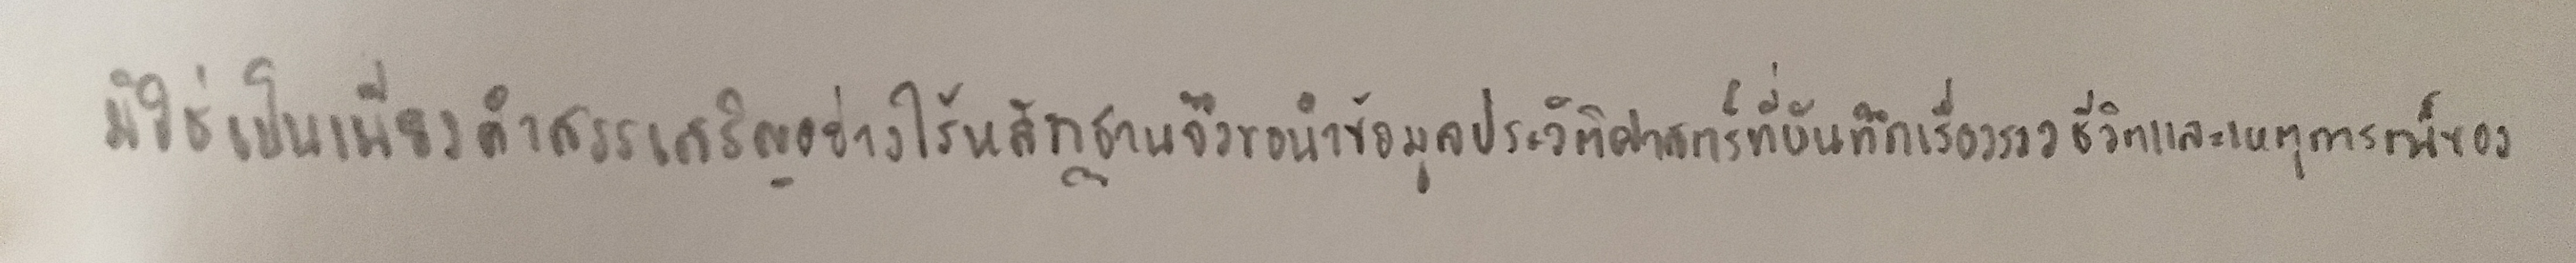
มิใช่เป็นแต่เพียงคำสรรเสริญอย่างไร้หลักฐานจึงขอนำข้อมูลประวัติศาสตร์ที่บันทึกเรื่องราวชีวิตและเหตุการณ์ของ